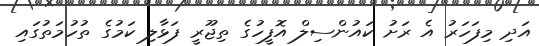
އަދި މިފަހަރު އެ ރަށު ކައުންސިލް އޮފީހުގެ ތިޖޫރީ ފަޅާލި ކަމުގެ ތުހުމަތުގައި